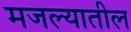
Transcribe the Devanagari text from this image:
मजल्यातील